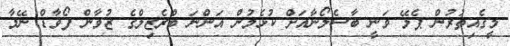
މީގެއިތުރުން ޕެލޭ ވަނީ ބާސެލޯނާއަށް ކުޅެމުން އަންނަ ބްރެޒިލްގެ ޒުވާން ފޯވާޑް ނޭމާ